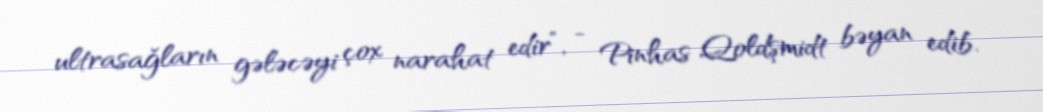
ultrasağların gələcəyi çox narahat edir”, - Pinhas Qoldşmidt bəyan edib.